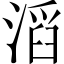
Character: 滔